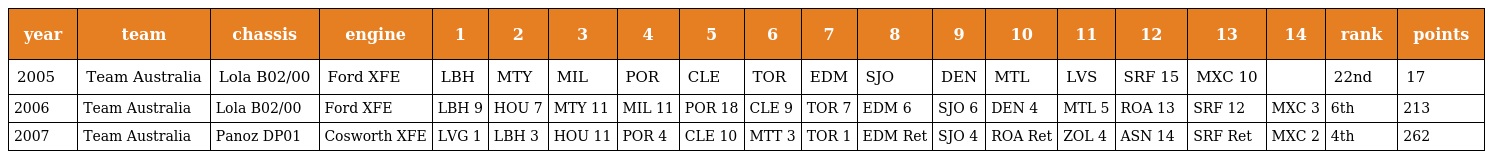
| year | team | chassis | engine | 1 | 2 | 3 | 4 | 5 | 6 | 7 | 8 | 9 | 10 | 11 | 12 | 13 | 14 | rank | points |
 | --- | --- | --- | --- | --- | --- | --- | --- | --- | --- | --- | --- | --- | --- | --- | --- | --- | --- | --- | --- |
 | 2005 | Team Australia | Lola B02/00 | Ford XFE | LBH | MTY | MIL | POR | CLE | TOR | EDM | SJO | DEN | MTL | LVS | SRF 15 | MXC 10 |  | 22nd | 17 |
 | 2006 | Team Australia | Lola B02/00 | Ford XFE | LBH 9 | HOU 7 | MTY 11 | MIL 11 | POR 18 | CLE 9 | TOR 7 | EDM 6 | SJO 6 | DEN 4 | MTL 5 | ROA 13 | SRF 12 | MXC 3 | 6th | 213 |
 | 2007 | Team Australia | Panoz DP01 | Cosworth XFE | LVG 1 | LBH 3 | HOU 11 | POR 4 | CLE 10 | MTT 3 | TOR 1 | EDM Ret | SJO 4 | ROA Ret | ZOL 4 | ASN 14 | SRF Ret | MXC 2 | 4th | 262 |